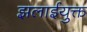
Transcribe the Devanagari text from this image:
झलाईयुक्त